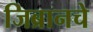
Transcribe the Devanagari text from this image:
जिब्रानचे